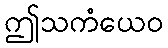
ဤသကံယေဝ